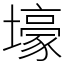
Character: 壕